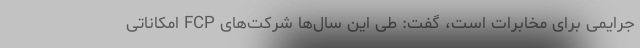
جرایمی برای مخابرات است، گفت: طی این سال‌ها شرکت‌های FCP امکاناتی